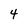
Character: 4